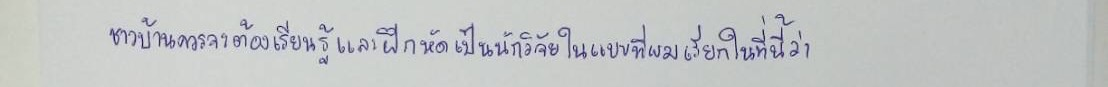
ชาวบ้านควรจะต้องเรียนรู้และฝึกหัดเป็นนักวิจัยในแบบที่ผมเรียกในที่นี้ว่า